Annual administration report of the Civil Veterinary Department of India - 1898-1899
Year: 1898
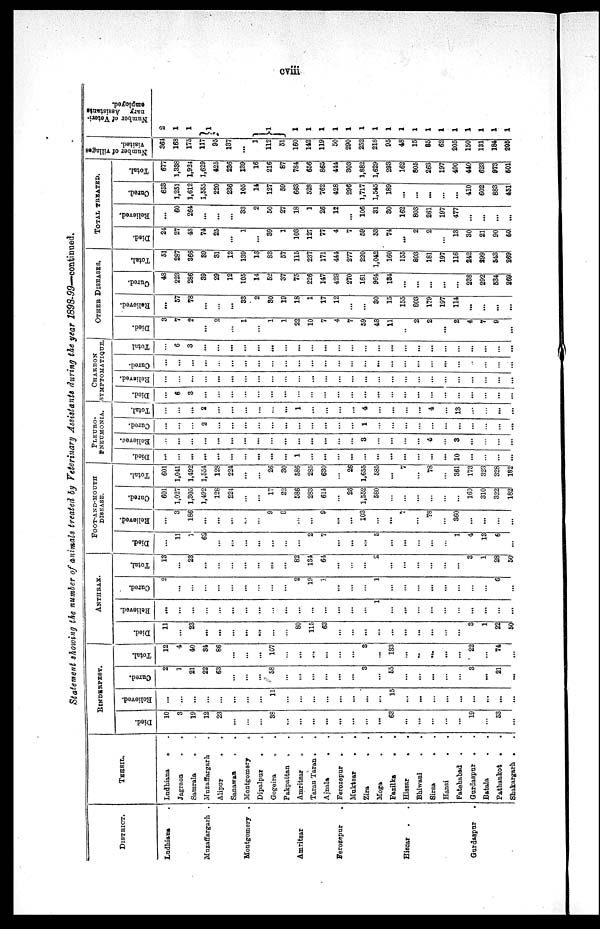
cviii
Statement showing the number of animals treated by Veterinary Assistants during the year 1898-99—continued.
DISTRICT.
Ludhiana .
Muzaffargarh .
Montgomery .
Amritsar
Ferozepur
.
Hissar . .
Gurdaspur .
TEHSIL.
Ludhiana . .
Jagraon . .
Samrala . .
Muzaffargarh .
Alipur . .
Sanawan . .
Montgomery
.
Dipalpur
. .
Gogoira . .
Pakpattan . .
Amritsar . .
Taran Taran . .
Ajnala
. .
Ferozepur . .
Muktsar . .
Zira
.
.
Moga . .
Fazilka
. .
Hissar
.
.
Bhiwani . .
Sirsa
. .
Hansi
. .
Fatehabad . .
Gurdaspur . .
Batala . .
Pathankot . .
Shakargarh . .
RINDERPEST.
Died.
10
3
19
12
23
...
...
...
38
...
...
...
...
...
...
...
...
63
...
...
...
...
...
19
...
53
...
Relieved.
...
...
...
...
...
...
...
...
11
...
...
...
...
...
...
...
...
15
...
...
...
...
...
...
...
...
...
Cured.
2
1
21
22
63
...
...
...
58
...
...
...
...
...
...
3
...
55
...
...
...
...
...
3
...
21
...
Total.
12
4
40
34
86
...
...
...
107
...
...
...
......
...
...
3
...
133
...
...
...
...
...
22
...
74
...
ANTHRAX.
Died.
11
...
23
...
...
...
...
...
...
...
80
115
63
...
...
...
...
...
...
...
...
...
...
3
1
22
50
Relieved.
...
...
...
...
...
...
...
...
...
...
...
...
...
...
...
...
1
...
...
...
...
...
...
...
...
...
...
Cured.
2
...
...
...
...
...
...
...
...
...
2
19
1
...
...
...
1
...
...
...
...
...
...
...
...
6
...
Total.
13
...
23
...
...
...
...
...
......
...
82
134
64
...
...
...
2
...
...
...
...
...
...
3
1
28
50
FOOT-AND -MOUTH
DISEASE.
Died.
...
11
1
62
...
...
...
...
...
...
...
2
7
...
...
...
5
...
...
...
...
...
1
4
13
6
...
Relived.
...
3
186
...
...
...
...
...
9
8
...
...
9
...
...
103
...
...
3
...
78
...
360
...
...
...
...
Cured.
601
1,027
1,305
1,492
128
224
...
...
17
22
586
283
614
...
26
1,552
580
...
...
...
...
...
...
160
310
322
182
Total.
601
1,041
1,492
1,554
128
224
...
...
26
30
586
285
630
...
26
1,655
585
...
7
...
78
...
361
173
323
328
182
PLEURO-
PNEUMONIA.
Died.
...
...
...
...
...
...
...
...
...
...
1
...
...
...
...
...
...
...
...
...
...
...
10
...
...
...
...
Relieved.
...
...
...
...
...
...
...
...
...
...
...
...
...
...
...
3
...
...
...
...
4
...
3
...
...
...
...
Cured.
...
...
2
...
...
...
...
...
...
...
...
...
...
...
1
...
...
...
...
...
...
...
...
...
...
...
Total.
...
...
...
2
...
...
...
...
...
...
1
...
...
...
...
4
...
...
...
...
4
...
13
...
...
...
...
CHARBON
SYMPTOMATIQUE.
Died.
...
6
3
...
...
...
...
...
...
...
...
...
...
...
...
...
...
...
...
...
...
...
...
...
...
...
...
Relieved.
...
...
...
...
...
...
...
...
...
...
...
...
...
...
...
...
...
...
...
...
...
...
...
...
...
...
Cured.
...
...
...
...
...
...
...
...
...
...
...
...
...
...
...
...
...
...
...
...
...
...
...
..
...
...
...
Total.
...
6
3
...
...
...
...
...
...
...
...
...
...
...
...
...
...
...
...
...
...
...
...
...
...
...
...
OTHER DISEASES.
Died.
3
7
2
...
2
...
1
...
1
1
22
10
7
4
7
59
48
11
.....
2
2
...
2
4
7
9
...
Relieved.
...
57
78
...
...
...
33
2
30
19
18
1
17
12
...
...
30
15
155
803
179
197
114
...
...
...
...
Cured.
48
223
286
39
29
12
105
14
52
37
75
226
147
428
270
161
964
134
...
...
...
...
...
238
292
534
269
Total.
51
287
366
89
31
12
139
15
83
57
115
237
171
444
277
220
1,042
160
155
803
181
197
116
242
299
543
269
TOTAL TREATED.
Died.
24
27
48
74
25
...
1
...
39
1
103
127
77
4
7
59
53
74
...
2
2
...
13
30
21
90
50
Relieved.
...
60
264
...
...
...
33
2
50
27
18
1
26
12
...
106
31
30
162
803
261
197
477
...
...
...
...
Cured.
653
1,251
1,612
1,555
220
236
105
14
127
59
663
528
762
428
296
1,717
1,545
189
...
...
...
...
...
410
602
883
451
Total.
677
1,338
1,924
1,629
425
236
139
16
216
87
784
656
865
444
303
1,882
1,629
293
162
805
263
197
490
440
623
873
501
Number of villages
visited.
361
168
175
117
95
137
...
1
112
51
160
142
119
50
290
252
218
95
48
15
85
62
205
150
131
184
205
Number of Veteri-
nary Assistants
employed.
2
1
1
1
1
1
1
1
1
1
1
1
1
1
1
1
1
1
1
1
1
1